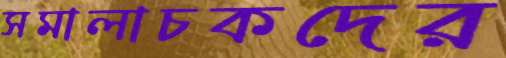
সমালাচকদের